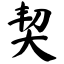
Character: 契